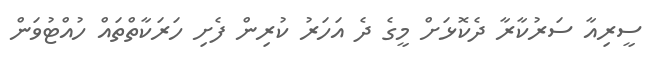
ސީރިއާ ސަރުކާރާ ދެކޮޅަށް މީގެ ދެ އަހަރު ކުރިން ފެށި ހަރަކާތްތައް ހުއްޓުވަން